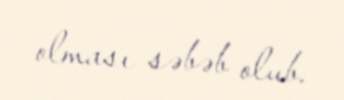
olması səbəb olub.